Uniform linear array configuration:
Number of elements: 32
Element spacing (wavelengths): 1
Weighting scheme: hann
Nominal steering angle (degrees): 30
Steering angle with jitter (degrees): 28.284
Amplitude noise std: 0.05
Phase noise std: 0.05

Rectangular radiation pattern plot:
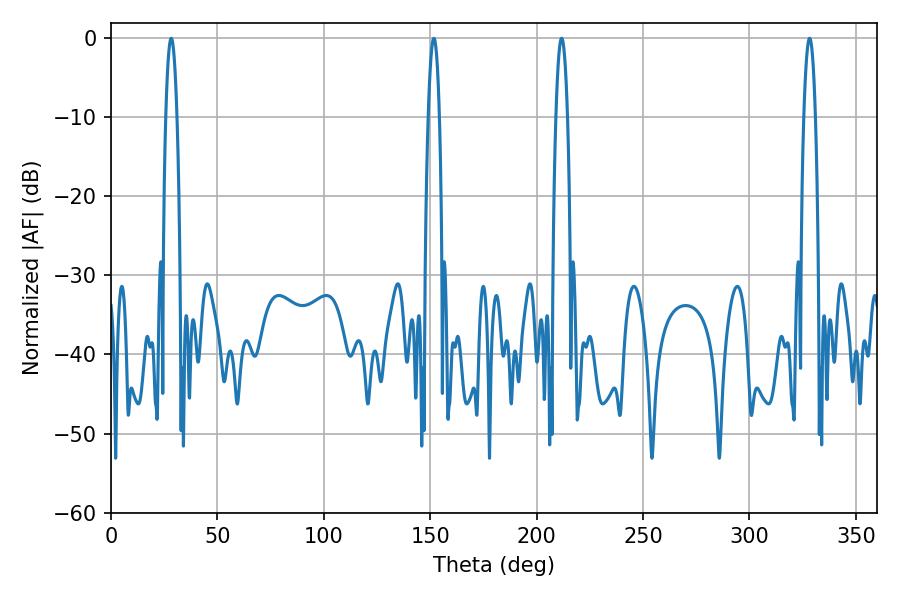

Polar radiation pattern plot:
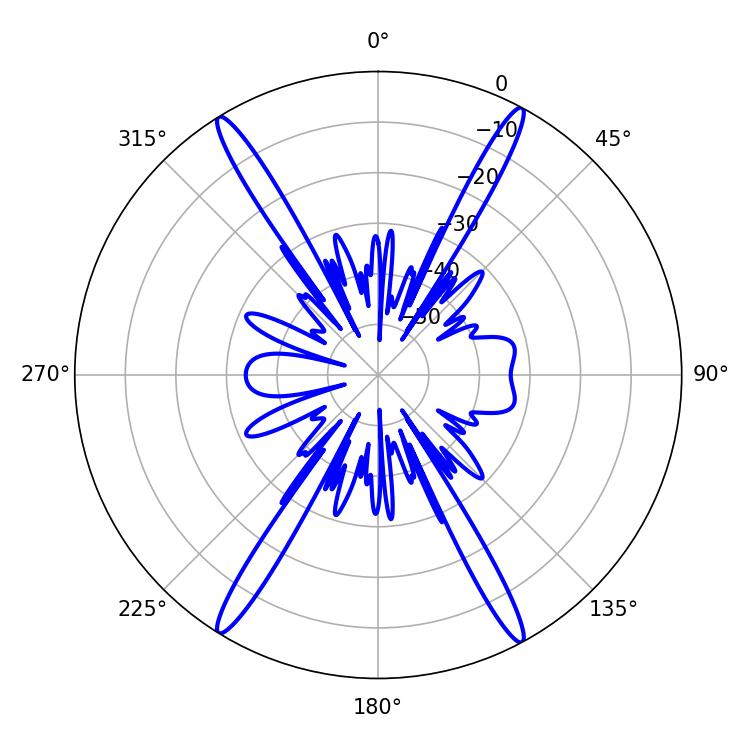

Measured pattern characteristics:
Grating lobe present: TRUE
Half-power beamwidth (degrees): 2.88
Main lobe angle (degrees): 151.74